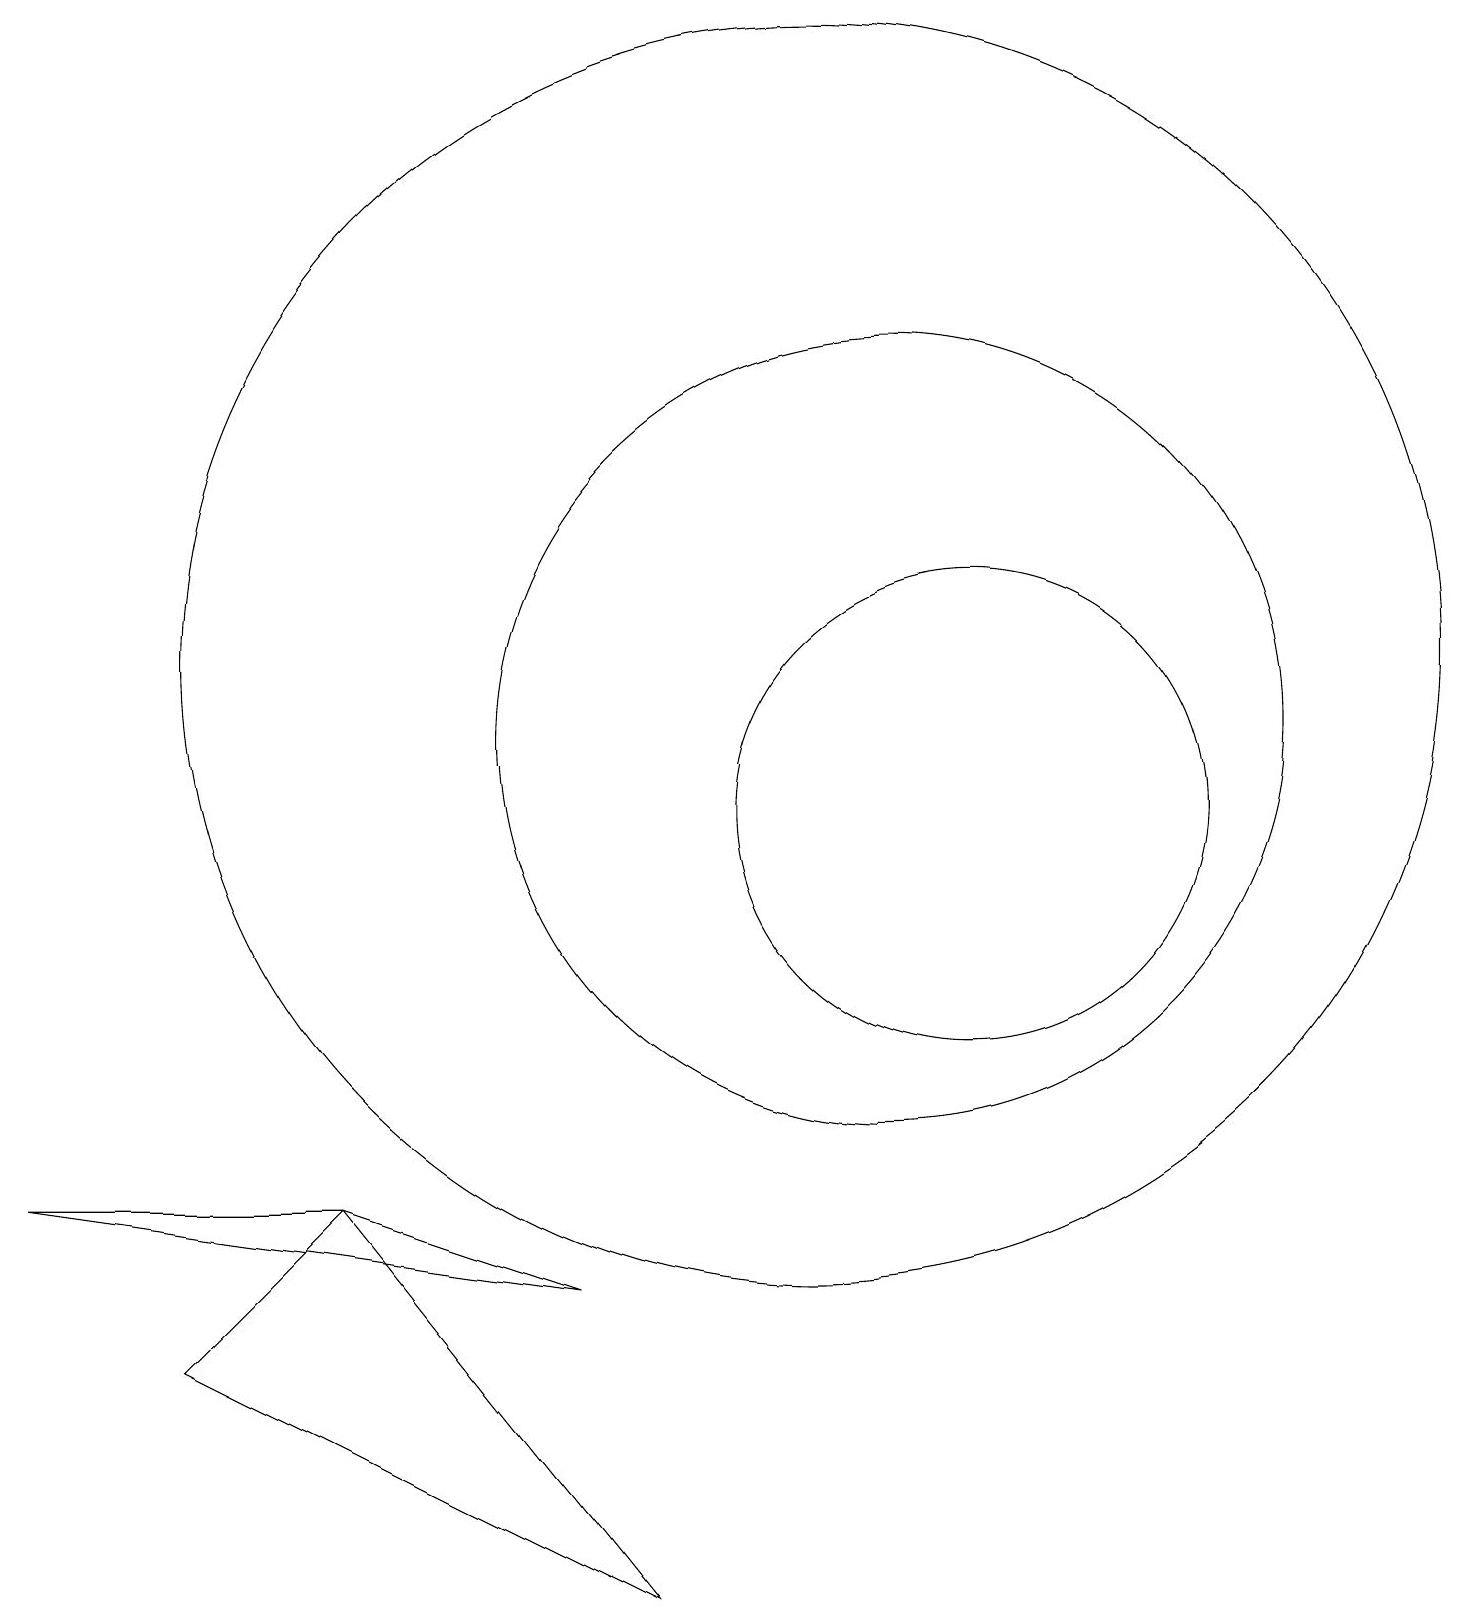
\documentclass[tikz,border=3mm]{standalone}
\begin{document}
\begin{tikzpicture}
\draw (11,11) circle (5);
\draw (10,12) circle (8);
\draw (7,4) -- (4,5) -- (0,5) -- cycle;
\draw (8,0) -- (4,5) -- (2,3) -- cycle;
\draw (12,10) circle (3);
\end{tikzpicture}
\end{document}